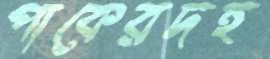
পাকেরদহ